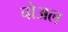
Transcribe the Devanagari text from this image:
चोअल